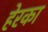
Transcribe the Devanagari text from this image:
हेरका